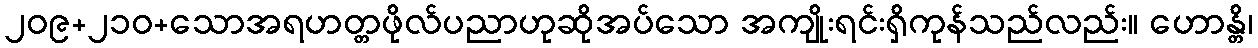
၂၀၉+၂၁၀+သောအရဟတ္တဖိုလ်ပညာဟုဆိုအပ်သော အကျိုးရင်းရှိကုန်သည်လည်း။ ဟောန္တိ၊